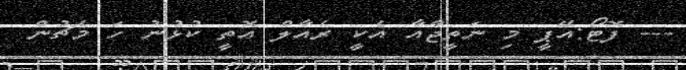
--- ފޮޓޯ:އޭޕީ މި ނަތީޖާއާ އެކީ ރެއާލް އޮތީ ކުޅުނު ހަ މެޗުން